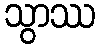
သွာဿ